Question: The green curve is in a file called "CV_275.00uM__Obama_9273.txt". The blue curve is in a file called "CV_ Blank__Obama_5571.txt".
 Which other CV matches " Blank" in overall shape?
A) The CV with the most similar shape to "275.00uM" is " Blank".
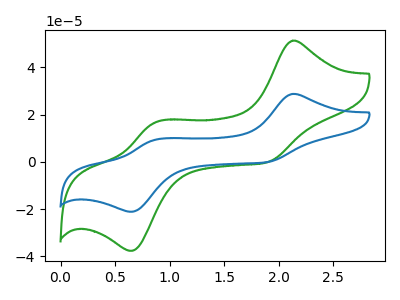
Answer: <think>The green curve "275.00uM" has anodic peaks at (2.15V, 51.25uA) (0.85V, 16.65uA) and cathodic peaks at (1.90V, -0.10uA) (0.65V, -37.60uA). The blue curve " Blank" has anodic peaks at (2.15V, 28.75uA) (0.85V, 9.35uA) and cathodic peaks at (1.90V, -0.05uA) (0.65V, -21.05uA).
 All the peaks in "275.00uM" have a peak in " Blank" at the same potential. Every peak in "275.00uM" is higher than every peak in " Blank".</think>
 <answer>A) The CV with the most similar shape to "275.00uM" is " Blank".</answer>
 <eval>A</eval>